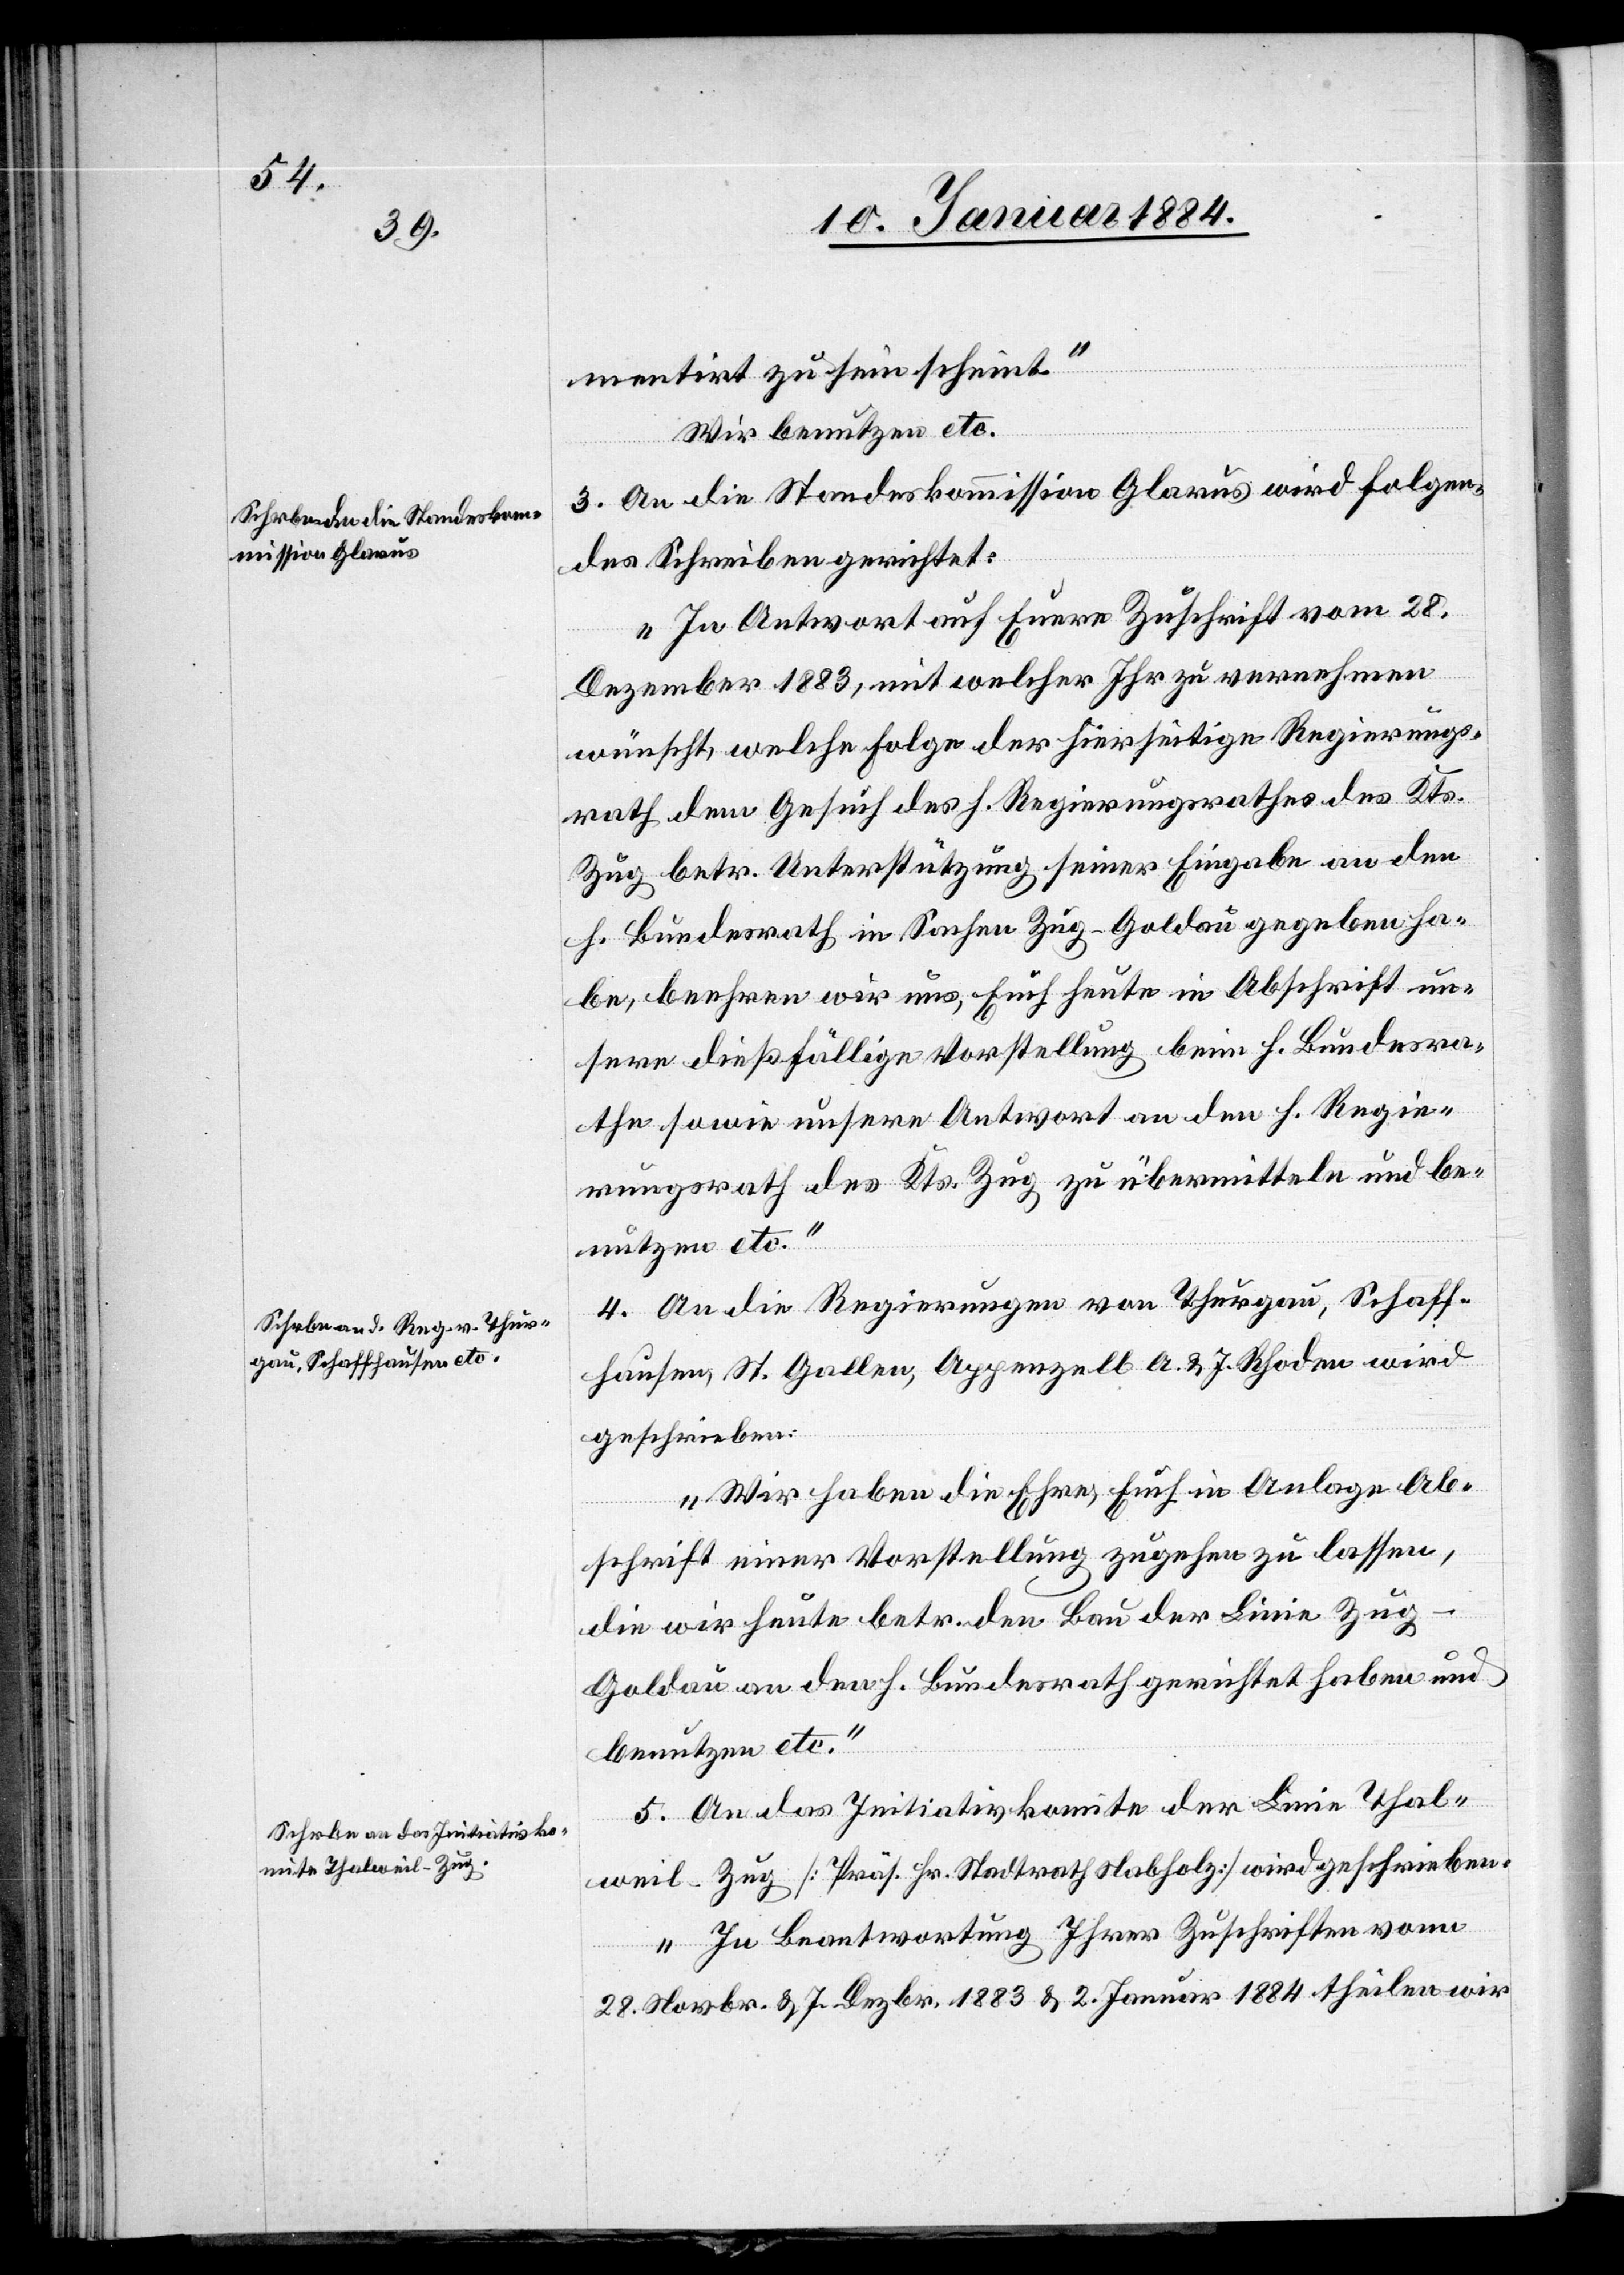
mentirt zu sein scheint.“
Wir benutzen etc.
2.243
3. An die Standeskommission Glarus wird folgen¬
des Schreiben gerichtet:
„In Antwort auf Euere Zuschrift vom 28.
Dezember 1883, mit welcher Ihr zu vernehmen
wünscht, welche Folge der hierseitige Regierungs¬
rath dem Gesuch des h. Regierungsrathes des Kts.
Zug betr. Unterstützung seiner Eingabe an den
h. Bundesrath in Sachen Zug–Goldau gegeben ha¬
be, beehren wir uns, Euch heute in Abschrift un¬
sere dießfällige Vorstellung beim h. Bundesra¬
the sowie unsere Antwort an den h. Regie¬
rungsrath des Kts. Zug zu übermitteln und be¬
nutzen etc.“
4. An die Regierungen von Thurgau, Schaff¬
hausen, St. Gallen, Appenzell A. & I. Rhoden wird
geschrieben:
„Wir haben die Ehre, Euch in Anlage Ab¬
schrift einer Vorstellung zugehen zu lassen,
die wir heute betr. den Bau der Linie Zu¬
g–Goldau an den h. Bundesrath gerichtet haben und
benutzen etc.“
5. An das Initiativkomite der Linie Thal¬
weil–Zug [Präs. Fr. Stadtrath Nabholz] wird geschrieben:
„In Beantwortung Ihrer Zuschriften vom
28. Novbr. & 7. Dezbr. 1883 & 2. Januar 1884 theilen wir